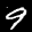
Label: 9